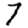
Digit: 7